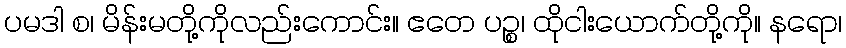
ပမဒါ စ၊ မိန်းမတို့ကိုလည်းကောင်း။ ဧတေ ပဉ္စ၊ ထိုငါးယောက်တို့ကို။ နရော၊